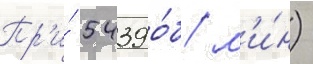
Пр'и́ 5439 о́б/ м'и́н)